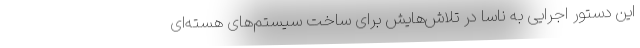
این دستور اجرایی به ناسا در تلاش‌هایش برای ساخت سیستم‌های هسته‌ای